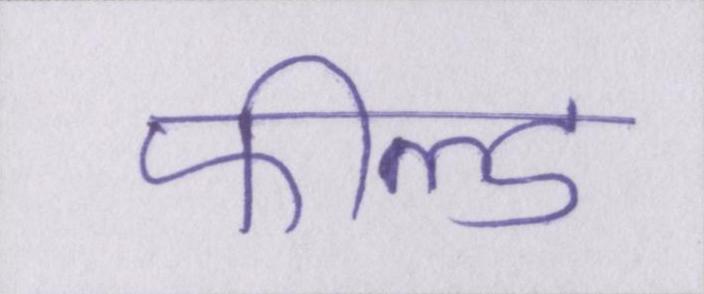
फील्ड